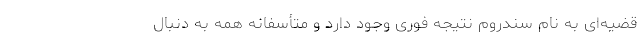
قضیه‌ای به نام سندروم نتیجه فوری وجود دارد و متأسفانه همه به دنبال